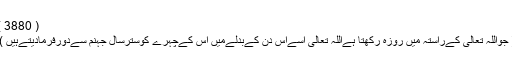
( 3880 )
( جواللہ تعالی کےراستہ میں روزہ رکھتا ہےاللہ تعالی اسےاس دن کےبدلےمیں اس کےچہرے کوسترسال جہنم سےدورفرمادیتےہیں )۔